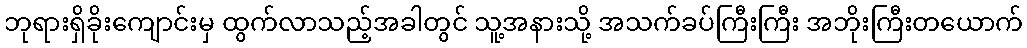
ဘုရားရှိခိုးကျောင်းမှ ထွက်လာသည့်အခါတွင် သူ့အနားသို့ အသက်ခပ်ကြီးကြီး အဘိုးကြီးတယောက်